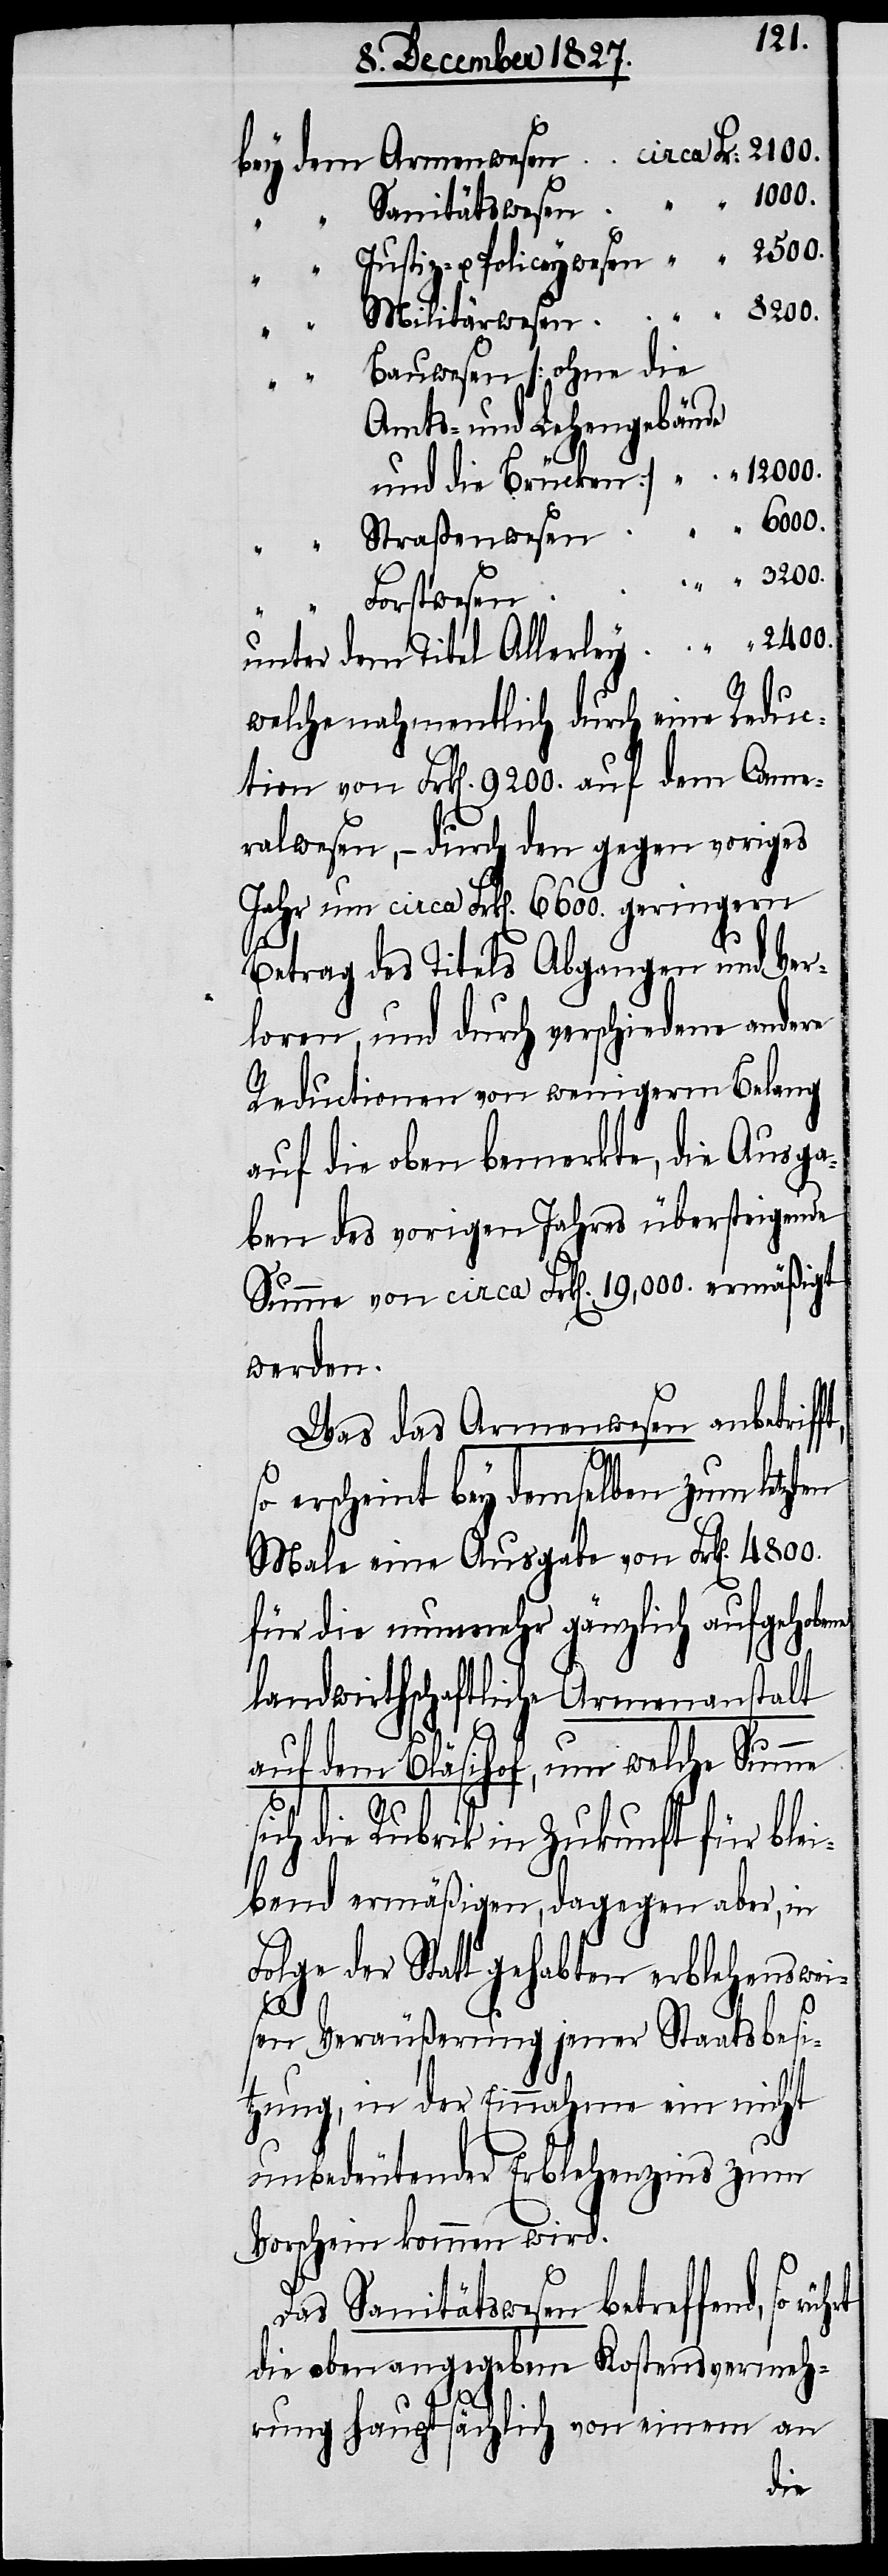
bey dem Armenwesen	circa Fr.	2100.
Sanitätswesen	 “ “		1000.
Justiz- u. Policeywesen	 “ “		2500.
Bauwesen [ohne die
und die Brücken]	 “ “	 12000.
“ Straßenwesen	 “
Forstwesen
unter dem Titel Allerley	 “ “		2400.
welche nahmentlich durch eine Reduc¬
tion von Frk[en]. 9200. auf dem Came¬
ralwesen, – durch den gegen voriges
Jahr um circa Frk[en]. 6600. geringern
Betrag des Titels Abgangen und Ver¬
loren, und durch verschiedene andere
Reductionen von wenigerm Belang
auf die oben bemerkte, die Ausga¬
ben des vorigen Jahres übersteigende
Summe von circa Frk[en]. 19,000. ermäßigt
werden.
Was das Armenwesen anbetriff¬
t,
so erscheint bey demselben zum letzten
Male eine Ausgabe von Frk[en].
für die nunmehr gänzlich aufgehobene
landwirthschaftliche Armenanstalt
auf dem Bläsihof, um welche Summe
sich die Rubrik in Zukunft für blei¬
bend ermäßigen, dagegen aber, in
Folge der Statt gehabten erblehenswei¬
4800.
sen Veräußerungen jener Staatsbesi¬
tzung, in der Einnahme ein nicht
unbedeutender Erblehenzins zum
Vorschein kommen wird.
Das Sanitätswesen betreffend, so
die oben angegebene Kostensvermeh¬
Amts-
rung hauptsächlich von einem an